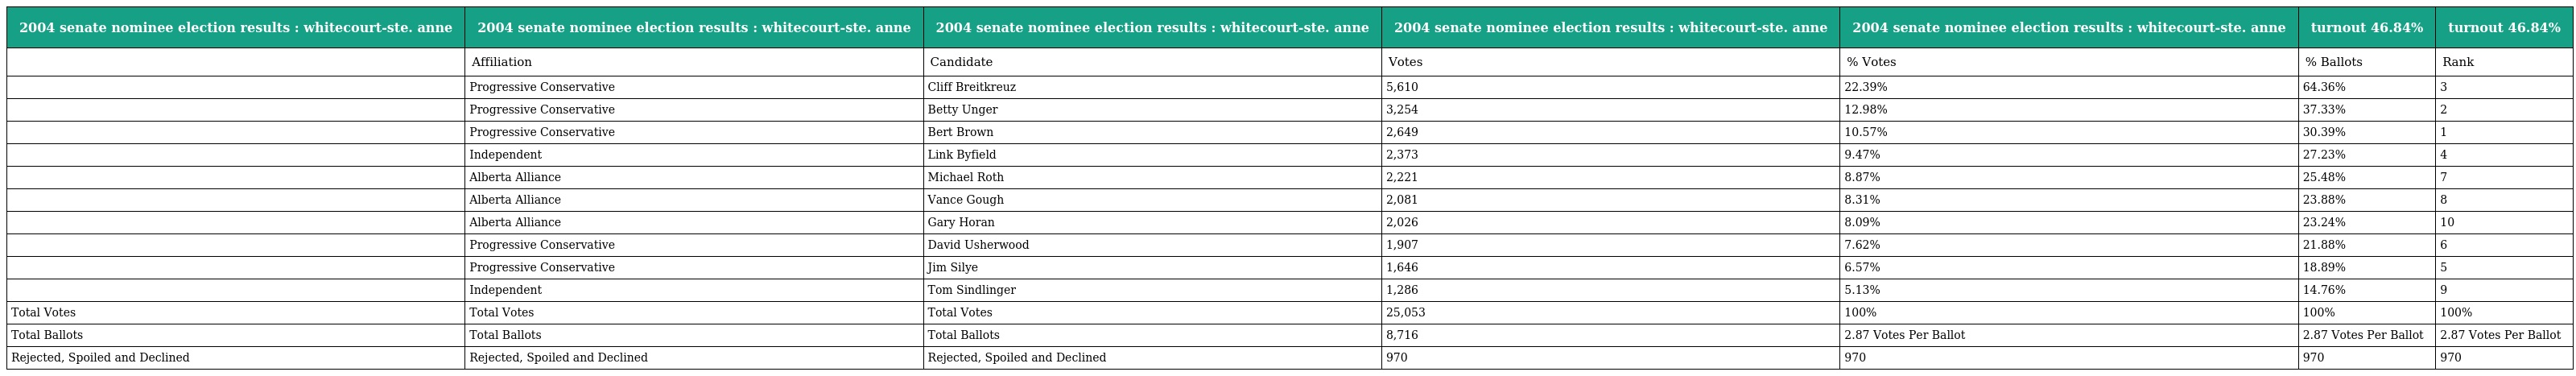
| 2004 senate nominee election results : whitecourt-ste. anne | 2004 senate nominee election results : whitecourt-ste. anne | 2004 senate nominee election results : whitecourt-ste. anne | 2004 senate nominee election results : whitecourt-ste. anne | 2004 senate nominee election results : whitecourt-ste. anne | turnout 46.84% | turnout 46.84% |
 | --- | --- | --- | --- | --- | --- | --- |
 |  | Affiliation | Candidate | Votes | % Votes | % Ballots | Rank |
 |  | Progressive Conservative | Cliff Breitkreuz | 5,610 | 22.39% | 64.36% | 3 |
 |  | Progressive Conservative | Betty Unger | 3,254 | 12.98% | 37.33% | 2 |
 |  | Progressive Conservative | Bert Brown | 2,649 | 10.57% | 30.39% | 1 |
 |  | Independent | Link Byfield | 2,373 | 9.47% | 27.23% | 4 |
 |  | Alberta Alliance | Michael Roth | 2,221 | 8.87% | 25.48% | 7 |
 |  | Alberta Alliance | Vance Gough | 2,081 | 8.31% | 23.88% | 8 |
 |  | Alberta Alliance | Gary Horan | 2,026 | 8.09% | 23.24% | 10 |
 |  | Progressive Conservative | David Usherwood | 1,907 | 7.62% | 21.88% | 6 |
 |  | Progressive Conservative | Jim Silye | 1,646 | 6.57% | 18.89% | 5 |
 |  | Independent | Tom Sindlinger | 1,286 | 5.13% | 14.76% | 9 |
 | Total Votes | Total Votes | Total Votes | 25,053 | 100% | 100% | 100% |
 | Total Ballots | Total Ballots | Total Ballots | 8,716 | 2.87 Votes Per Ballot | 2.87 Votes Per Ballot | 2.87 Votes Per Ballot |
 | Rejected, Spoiled and Declined | Rejected, Spoiled and Declined | Rejected, Spoiled and Declined | 970 | 970 | 970 | 970 |